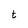
Character: t